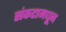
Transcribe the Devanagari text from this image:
संकटामधून